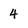
Character: 4